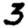
Digit: 3